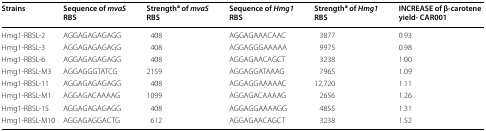
<table><thead><tr><td><b>Strains</b></td><td><b>Sequence of <i>mvaS</i> RBS</b></td><td><b>Strength<sup>a</sup> of <i>mvaS</i> RBS</b></td><td><b>Sequence of <i>Hmg1</i> RBS</b></td><td><b>Strength<sup>a</sup> of <i>Hmg1</i> RBS</b></td><td><b>INCREASE of β-carotene yield- CAR001</b></td></tr></thead><tbody><tr><td>Hmg1-RBSL-2</td><td>AGGAGAGAGAGG</td><td>408</td><td>AGGAGAAACAAC</td><td>3877</td><td>0.93</td></tr><tr><td>Hmg1-RBSL-3</td><td>AGGAGAGAGAGG</td><td>408</td><td>AGGAGGGAAAAA</td><td>9975</td><td>0.98</td></tr><tr><td>Hmg1-RBSL-6</td><td>AGGAGAGAGAGG</td><td>408</td><td>AGGAGAACAGCT</td><td>3238</td><td>1.00</td></tr><tr><td>Hmg1-RBSL-M3</td><td>AGGAGGGTATCG</td><td>2159</td><td>AGGAGGATAAAG</td><td>7965</td><td>1.09</td></tr><tr><td>Hmg1-RBSL-11</td><td>AGGAGAGAGAGG</td><td>408</td><td>AGGAGGAAAAAC</td><td>12,720</td><td>1.11</td></tr><tr><td>Hmg1-RBSL-M1</td><td>AGGAGACAAAAG</td><td>1099</td><td>AGGAGACAAAAG</td><td>2656</td><td>1.26</td></tr><tr><td>Hmg1-RBSL-15</td><td>AGGAGAGAGAGG</td><td>408</td><td>AGGAGGAAAAGG</td><td>4855</td><td>1.31</td></tr><tr><td>Hmg1-RBSL-M10</td><td>AGGAGAGGACTG</td><td>612</td><td>AGGAGAACAGCT</td><td>3238</td><td>1.52</td></tr></tbody></table>